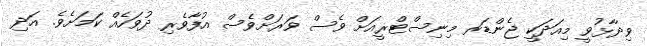
ވިދާޅުވީ މިއަދަކީ ޖެންޑަރ މިނިސްޓްރީއަށް ވެސް ވަރަށްވެސް އުފާވެރި ދުވަހެއް ކަމަށެވެ. އަދި